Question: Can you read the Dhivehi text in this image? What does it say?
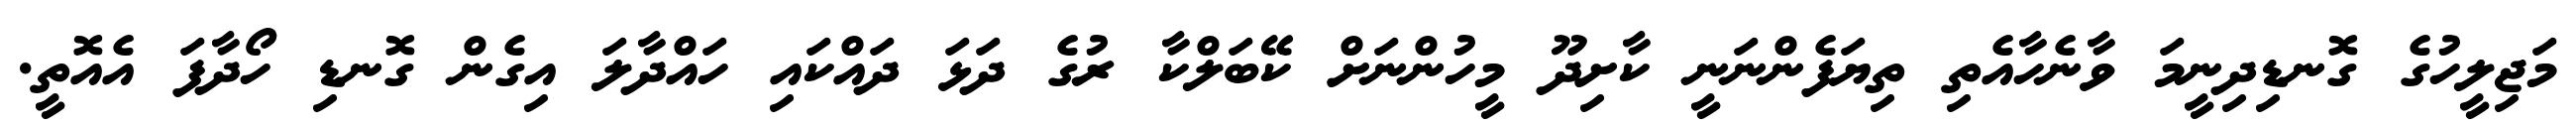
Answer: މަޖިލީހުގެ ގޮނޑިދިނީމަ ވާނެހާއެތި ތިޔަފެންނަނީ ކާށިދޫ މީހުންނަށް ކޭބަލްކާ ރުގެ ދަޅަ ދައްކައި ހައްދާލަ އިގެން ގޮނޑި ހޯދާފަ އެއޮތީ.